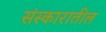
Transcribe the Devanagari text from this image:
संस्कारातील